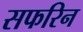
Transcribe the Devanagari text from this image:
सफरिन